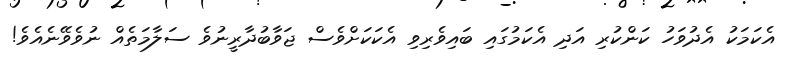
އެކަމަކު އެދުވަހު ކަންކުރި އަދި އެކަމުގައި ބައިވެރިވި އެކަކަށްވެސް ޖަވާބުދާރީނުވެ ސަލާމަތެއް ނުވެވޭނެއެވެ!